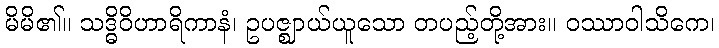
မိမိ၏။ သဒ္ဓိဝိဟာရိကာနံ၊ ဥပဇ္ဈာယ်ယူသော တပည့်တို့အား။ ဝဿာဝါသိကေ၊